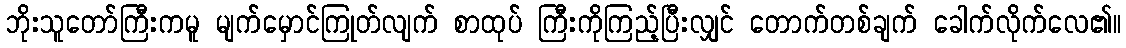
ဘိုးသူတော်ကြီးကမူ မျက်မှောင်ကြုတ်လျက် စာထုပ် ကြီးကိုကြည့်ပြီးလျှင် တောက်တစ်ချက် ခေါက်လိုက်လေ၏။